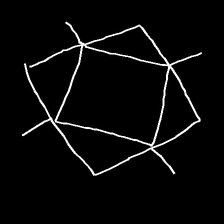
Glyph: light